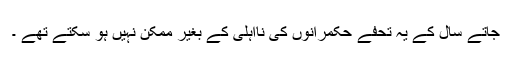
جاتے سال کے یہ تحفے حکمرانوں کی نااہلی کے بغیر ممکن نہیں ہو سکتے تھے ۔